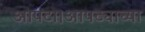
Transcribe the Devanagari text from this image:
आपटा।आपट्याच्या